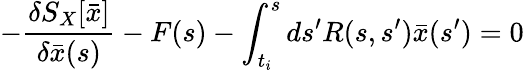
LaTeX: -{\frac{\delta S_{X}[\bar{x}]}{\delta\bar{x}(s)}}-F(s)-\int_{t_{i}}^{s}ds^{\prime}R(s,s^{\prime})\bar{x}(s^{\prime})=0